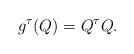
\begin{align*} g^\tau(Q)=Q^\tau Q.\end{align*}